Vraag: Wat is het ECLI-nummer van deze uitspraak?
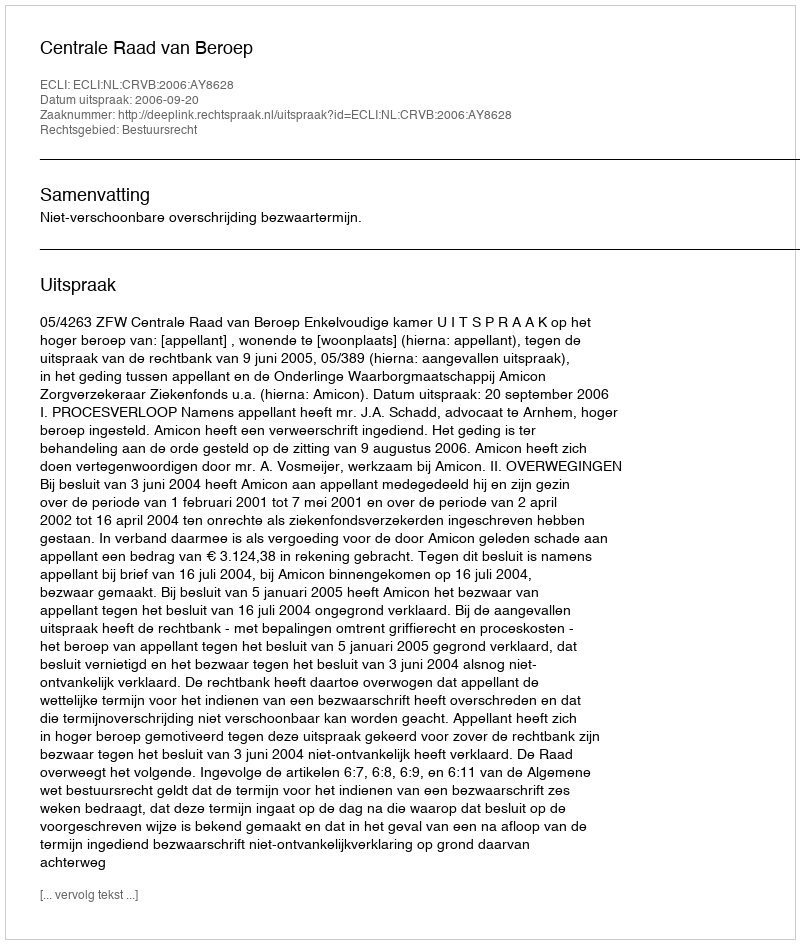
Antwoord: ECLI:NL:CRVB:2006:AY8628